King Institute of Preventive Medicine Micro-Biological Section reports 1912-19
Year: 1912
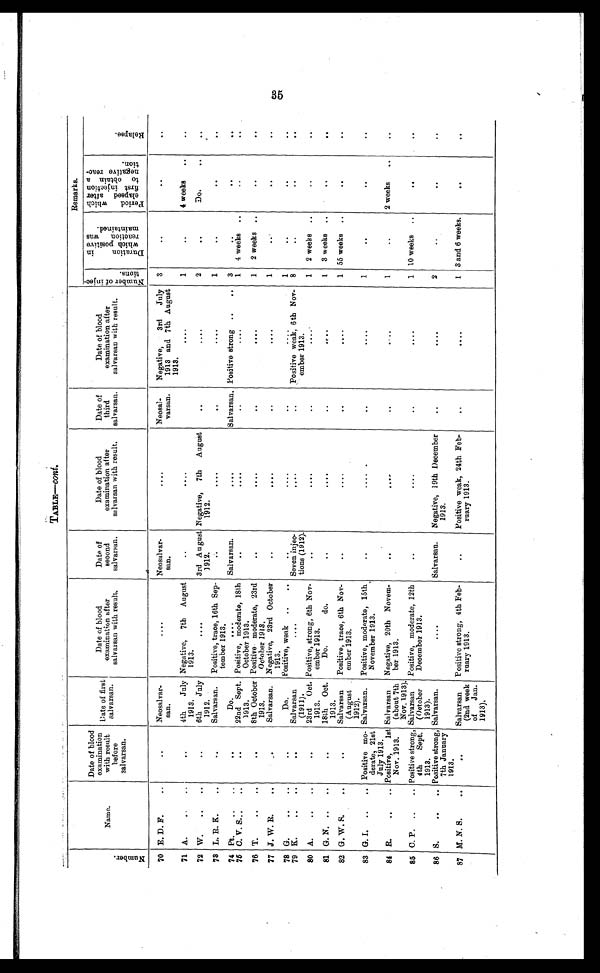
TABLE—cont.
Number .
Name.
Date of blood
examination
with result
before
salvarsan.
Date of first
salvarsan.
Date of blood
examination after
salvarsan with result.
Date of
second
salvarsan.
Date of blood
examination after
salvarsan with result.
Date of
third
salvarsan.
Date of blood
examination after
salvarsan with result.
Remarks.
N u m b e r o f i n j e c - t i o n s .
D u r a t i o n i n w h i c h p o s i t i v e r e a c t i o n w a s m a i n t a i n e d .
P e r i o d w h i c h e l a p s e d a f t e r f i r s t i n j e c t i o n t o o b t a i n a n e g a t i v e r e a c - t i o n .
Rel apse.
70 E. D. F.
..
. .
Neosalvar-
san.
. . . .
Neosalvar-
s a n .
. . . .
Ne
osal-varsan.
Negative,
3rd
July
1913 and 7th August
1913.
3
. .
. .
. .
71 A.
. .
4th
July
1913.
Negative, 7th August
1913.
. .
. . . .
. . . .
1
. .
4 weeks
..
. .
72 W.
..
..
. .
6th
July
1912.
. . . .
3rd Au gust
1912.
Negative, 7th August
1912.
. .
. . . .
2
. .
Do.
. .
73 L. R K.
..
. .
Salvarsan.
Positive, trace, 16th Sep-
tember 1913.
. .
. . . .
. .
. . . .
1
. .
. .
. .
74 Pt.
..
..
. .
Do.
....
Salvarsan.
. . . .
Salvarsan. Positive strong ..
..
3
. .
. .
. .
75 C. V. S...
.
. .
22nd Sept.
1913.
Positive, moderate, 18th
October 1913.
. .
. . . .
. .
. . . .
1 4 weeks
. .
. .
76 T.
..
. .
. .
8th October
1913.
Positive moderate, 23rd
October 1913.
. .
. . . .
. .
. . . .
1
2 weeks
. .
. .
77 J . W. R...
. .
Salvarsan. Negative, 23rd October
1913.
. .
. . . .
. .
. . . .
1 ..
. .
. .
78 G.
..
..
. .
Do.
Positive, weak ..
..
. .
. . . .
. .
. . . .
1
. .
. .
. .
79 K .
.. ...
. .
Salvarsan
(1911).
. . . .
Seven injec-
tions (1912).
. . . .
. .Positive weak, 6th Nov-
ember 1913.
8
. .
. .
. .
80 A.
..
..
. .
23rd Oct.
1913.
Positive, strong, 6th Nov-
ember 1913.
. .
. . . .
. .
. . . .
1 2 weeks
. .
. .
81 G. N. ..
..
. .
18th Oct.
1913.
Do.
do.
. .
. . . .
. .
1
3 weeks ..
. .
. .
82 G. W. S.
..
. .
Salvarsan
(August
1912).
Positive, trace, 6th Nov-
ember 1913.
. .
. . .
. .
. . . .
1 55 weeks ..
. .
. .
83 G.I.
..
.. Positive mo-
derate, 21st
July 1913.
Salvarsan. Positive, moderate, 15th
November 1913.
. .
. . .
. .
. . . .
1
. .
. .
. .
84 R.
.. . ..
Positive,
1st
Nov. 1913.
Salvarsan
(about 7th
Nov. 1913).
Negative, 20th Nevem-
ber 1913.
. .
. . . .
. .
. . . .
1
. .
2 weeks
. .
85 C. P. ..
.. Positive strong,
4th
Sept.
1913.
Salvarsan
(October
1913).
Positive, moderate, 12th
December 1913.
. .
. . . .
. .
. . . .
1 10 weeks ..
. .
. .
86 S.
..
.. Positive strong,
7th January
1913.
Salvarsan.
. . . .
Salvarsan.
Negative, 19th December
1913.
. .
. . . .
2
. .
. .
. .
87 M. N. S.
..
. .
Salvarsan
(2nd week
of
Jan.
1913).
Positive strong, 4th Feb-
ruary 1913.
. .
Positive weak, 24th Feb-
ruary 1913.
. .
. . . .
1 3 and 6 weeks.
. .
. .
35